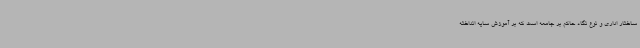
ساختار اداری و نوع نگاه حاکم بر جامعه است که بر آموزش سایه انداخته